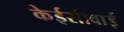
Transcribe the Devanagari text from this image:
केईसीवाई